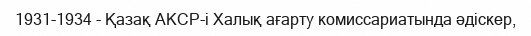
1931-1934 - Қазақ АКСР-і Халық ағарту комиссариатында әдіскер,